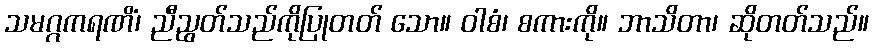
သမဂ္ဂကရဏိံ၊ ညီညွတ်သည်ကိုပြုတတ် သော။ ဝါစံ၊ စကားကို။ ဘာသိတာ၊ ဆိုတတ်သည်။